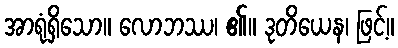
အာရုံရှိသော။ လောဘဿ၊ ၏။ ဒုတိယေန၊ ဖြင့်။